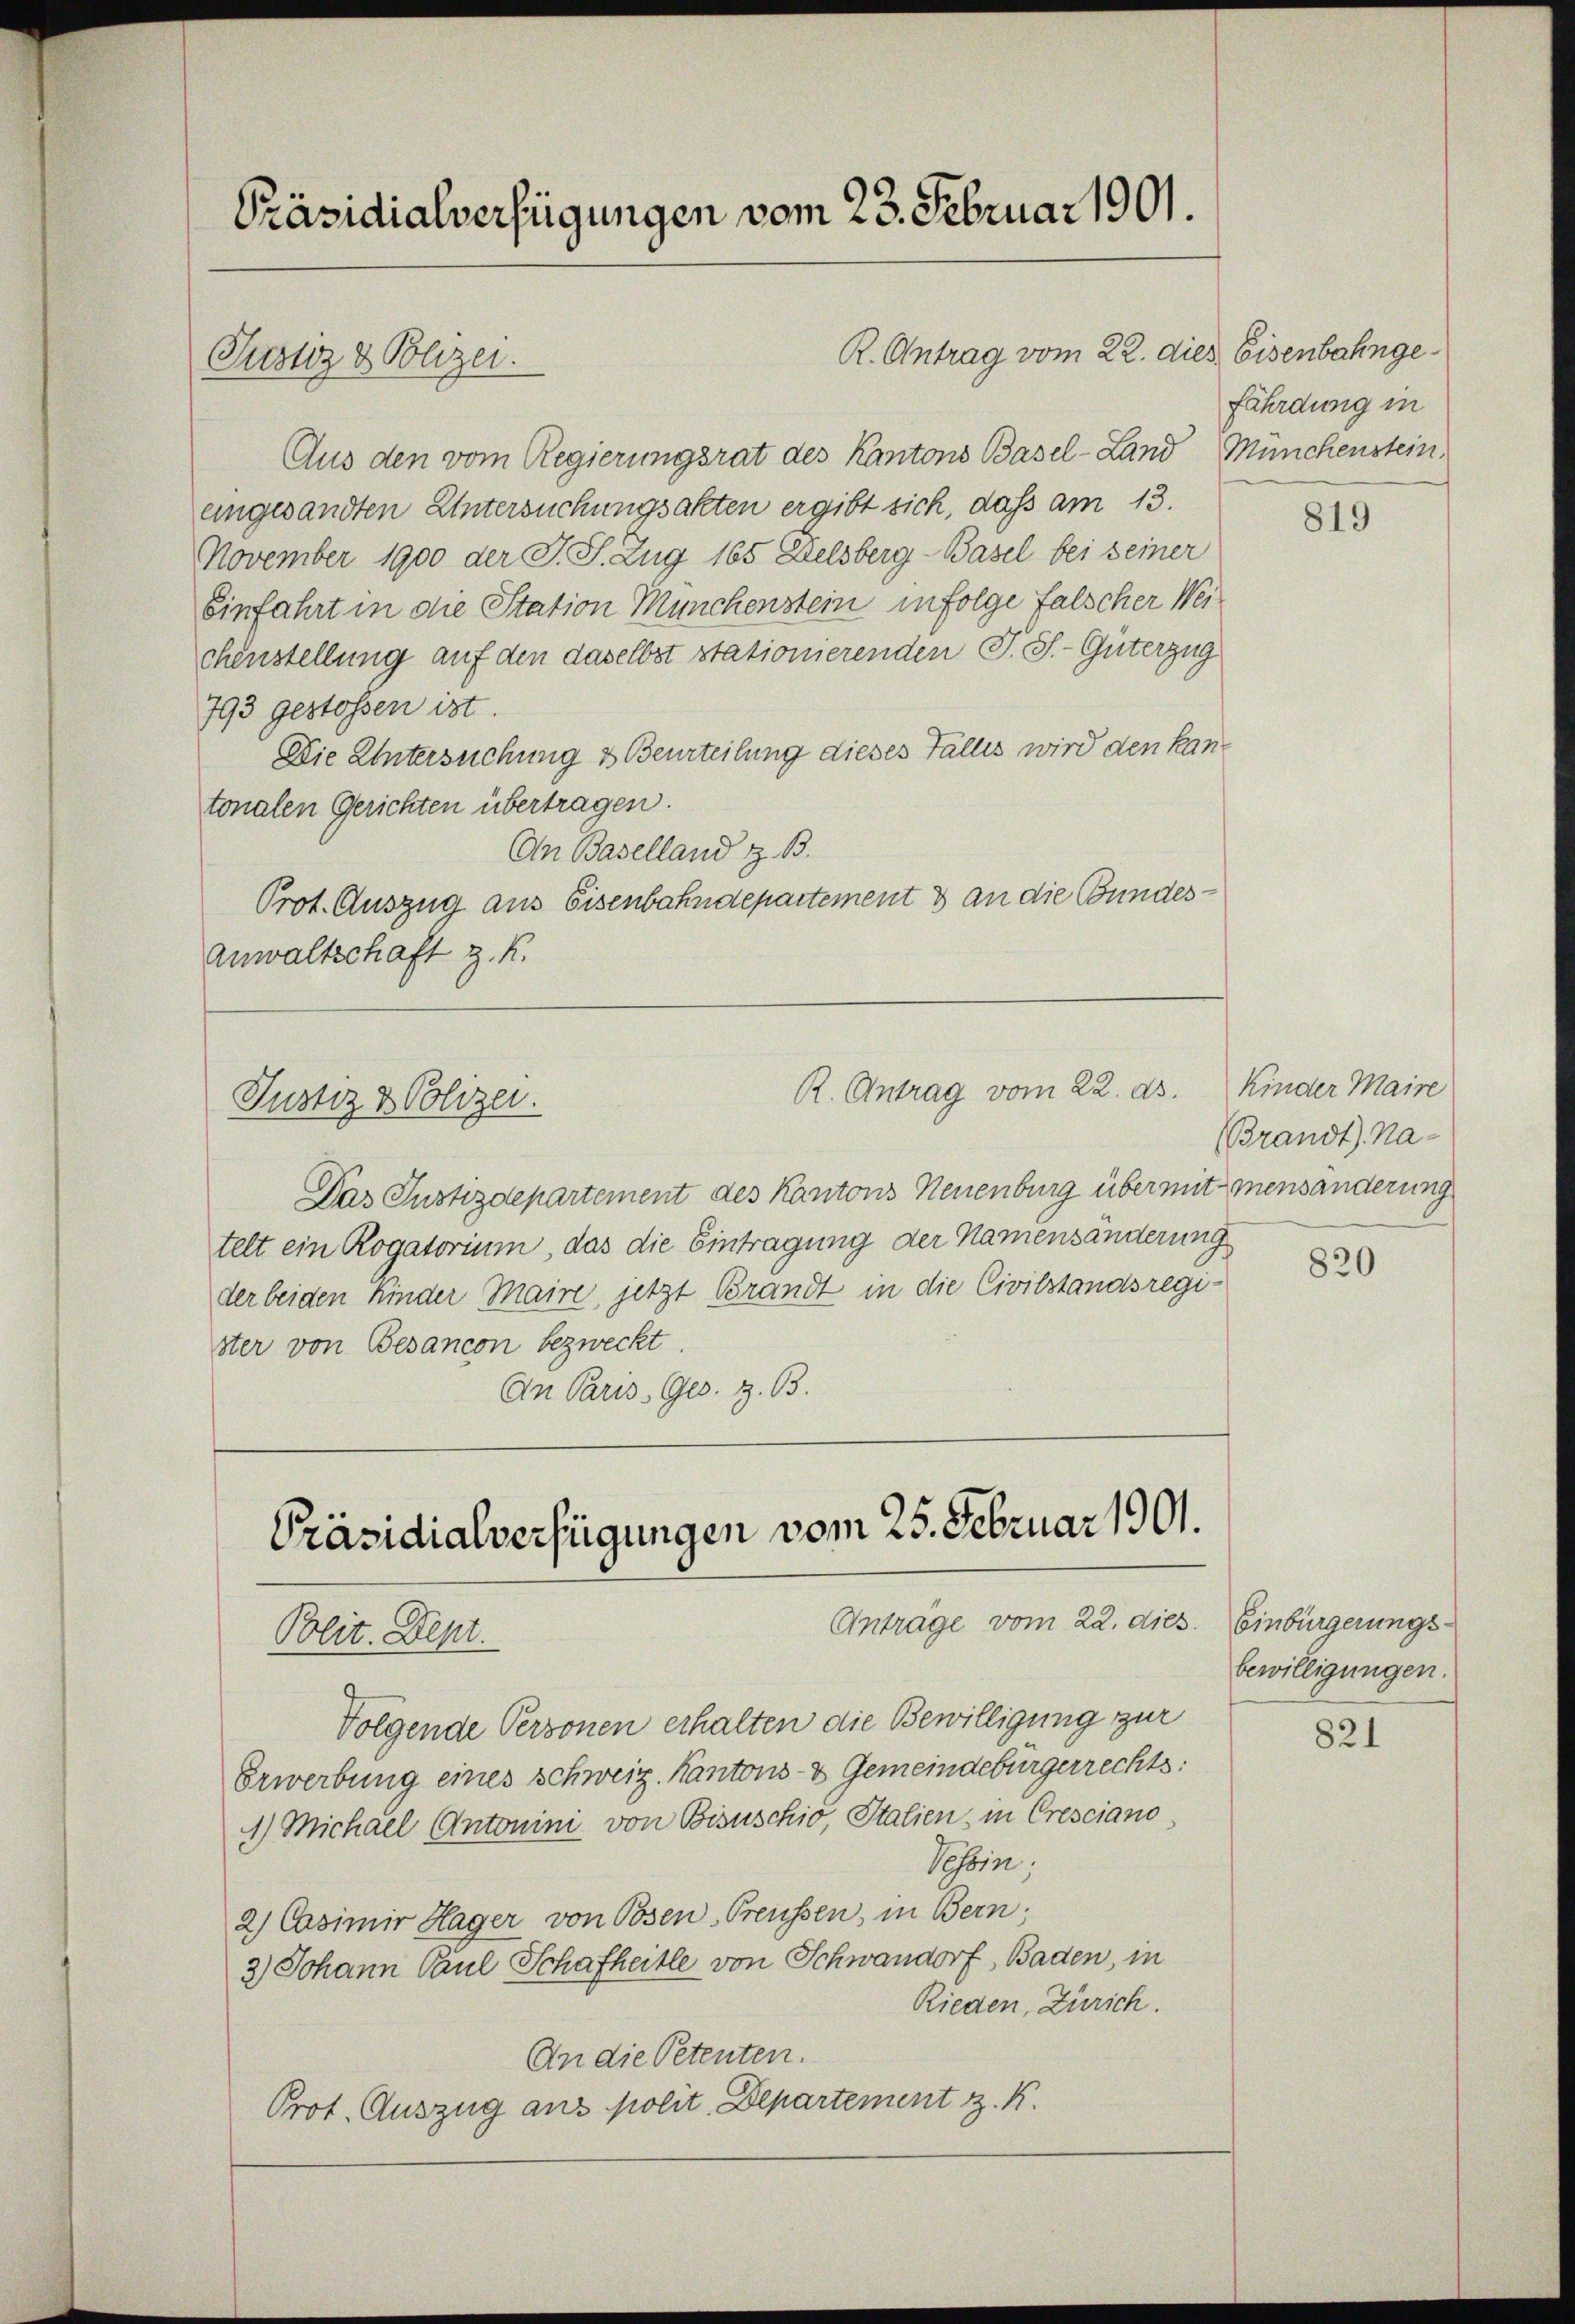
Präsidialverfügungen vom 23. Februar 1901.

Justiz & Polizei.

Justiz & Polizei.

R. Antrag vom 22. dies Eisenbahnge¬

Aus den vom Regierungsrat des Kantons Basel-Land
eingesandten Untersuchungsakten ergibt sich, dass am 13.
November 1900 der J. J. Zug 165 Delsberg-Basel bei seiner
Einfahrt in die Station Münchenstein infolge falscher Weichenstellung auf den daselbst stationierenden T. S.-Güterzug
793 gestossen ist.
Die Untersuchung & Beurteilung dieses Fallis wird den kantonalen Gerichten übertragen.
An Baselland z. B.
Prot. Auszug aus Eisenbahndepartement & an die Bundes¬
Anwaltschaft z. K.

R. Antrag vom 22. ds.

Präsidialverfügungen vom 25. Februar 1901.
Antrage vom 22. dies
Polit. Dept.

Folgende Personen erhalten die Bewilligung zur
Erwerbung eines schweiz. Kantons- & Gemeindebürgerrechts:
1) Michael Antonini von Bisuschio, Italien, in Cresciano
Vessin.
2) Casimir Hager von Posen-Preussen, in Bern;
3) Johann Paul Schafheitle von Schwandorf, Baden, in
Rieden, Zürich.
An die Petenten.
Prot. Auszug aus polit. Departement z. K.

Das Justizdepartement des Kantons Neuenburg über mit mensänderung
telt ein Rogatorium, das die Eintragung der Namensänderung
der beiden Kinder Maire, jetzt Brandt in die Civilstandsregister von Besancon bezweckt.
An Paris, Ges. z. B.

fährdung in
Münchenstein.

819

Kinder Maire
(Brandt, Na¬

820

Einbürgerungs-
bewilligungen.

821